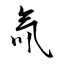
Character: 氚